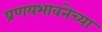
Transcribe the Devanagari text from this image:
प्रणयभावनेच्या